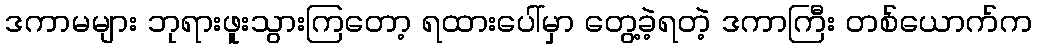
ဒကာမများ ဘုရားဖူးသွားကြတော့ ရထားပေါ်မှာ တွေ့ခဲ့ရတဲ့ ဒကာကြီး တစ်ယောက်က